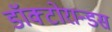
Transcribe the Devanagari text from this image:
डॉक्टोरान्डस